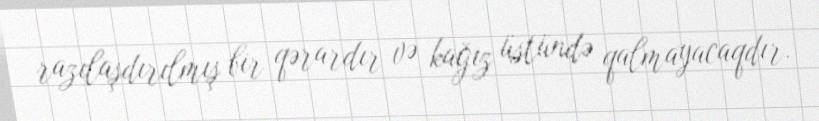
razılaşdırılmış bir qərardır və kağız üstündə qalmayacaqdır.